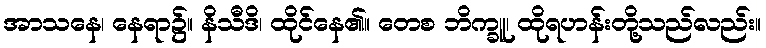
အာသနေ၊ နေရာ၌။ နိသီဒိ၊ ထိုင်နေ၏။ တေစ ဘိက္ခူ၊ ထိုရဟန်းတို့သည်လည်း။